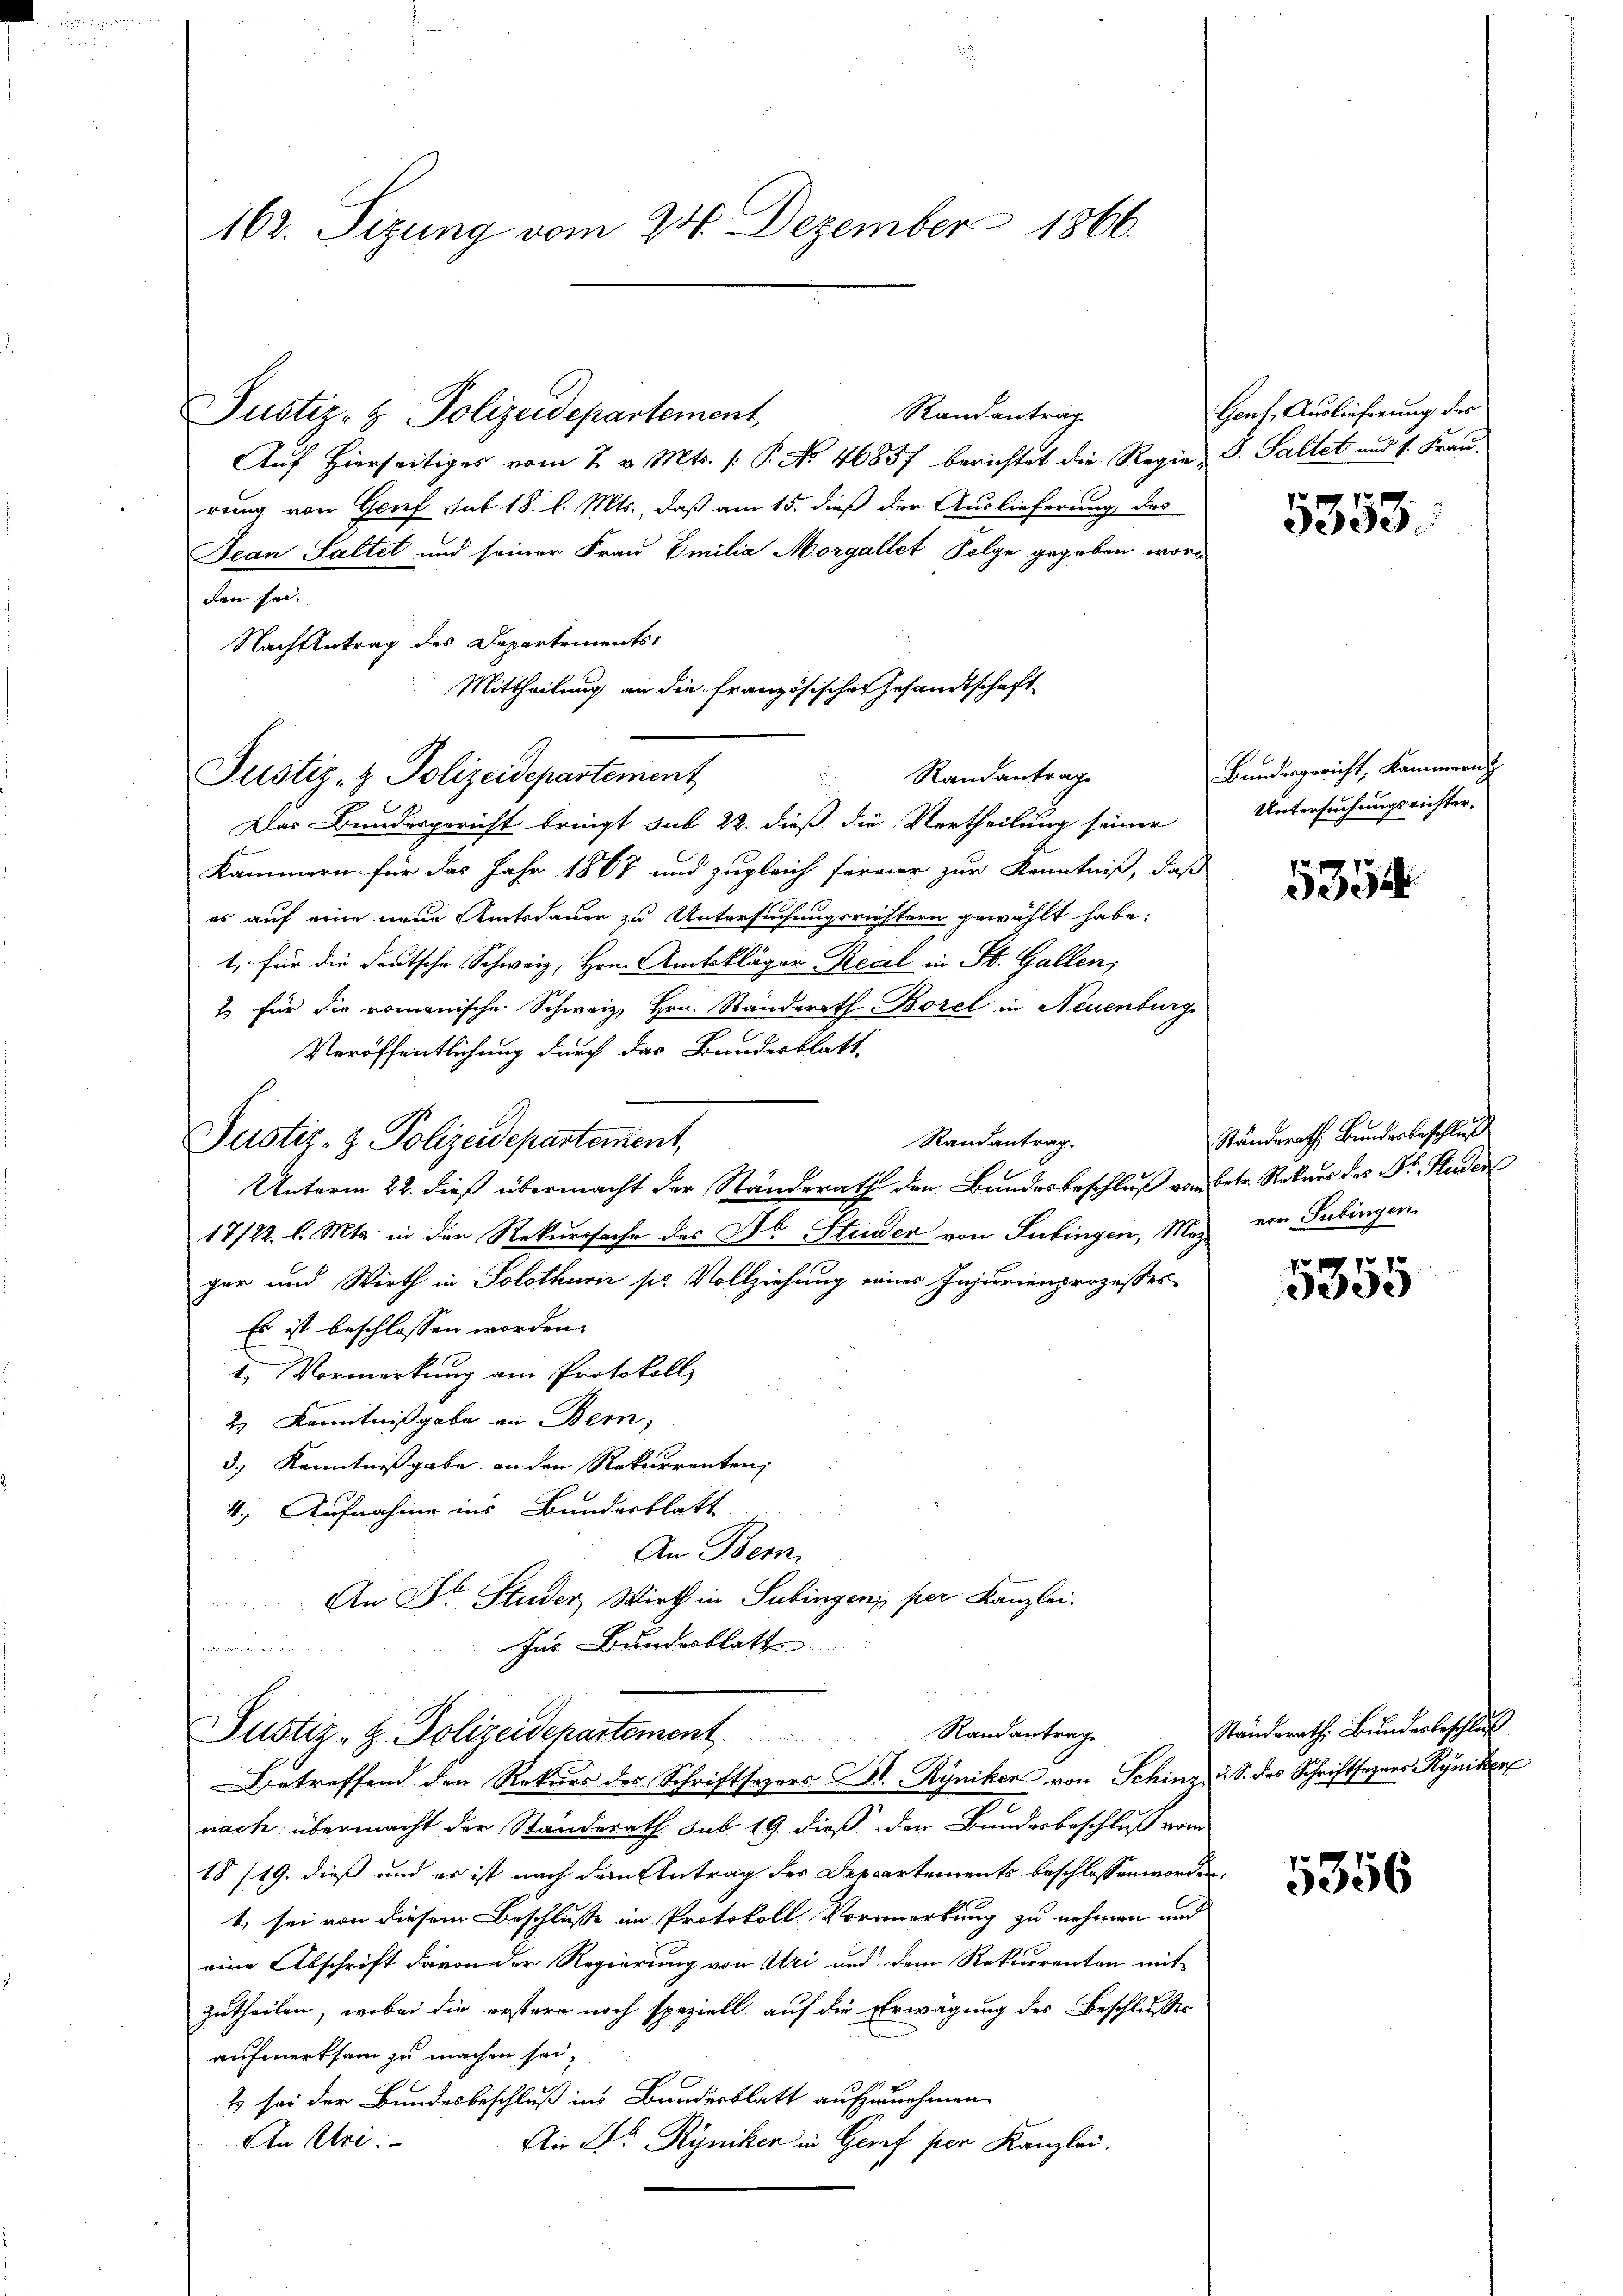
162. Sizung vom 24. Dezember 1866.

Randantrag
Auf Hierseitiges vom 2. v. Mts. 1. P. No. 46857 berichtet die Regi
rung von Genf sub 18. l. Mts., daß am 15. dieß der Auslieferung des
Jean Saltet und seiner Frau Emilia Morgallet Folge gegeben, wo-
den sei.
Nach Antrag des Departements-
Das Bundesgericht bringt sub 22. dieß die Vertheilung seiner
Kammern für das Jahr 1867 und zugleich ferner zur Kenntniß, daß
es auf eine neue Amtsdauer zu Untersuchungsrichtern gewählt habe;
1. für die deutsche Schweiz, Hrn. Amtskläger Regel in St. Gallen,
2 für die romanische Schweiz, Hrn. Ständerath Borel in Neuenburg
Veröffentlichung durch das Bundesblatt
Randantrag.
Justiz- & Polizeidepartement,
Unterm 22. dieß übermacht der Standerath den Bundesbeschluß v
17/22. l. Mts. in der Rekurssache des Dr. Studer von Tübingen, M
ger und Wirth in Solothurn pr. Vollziehung eines Injurienprozesser
Es ist beschlossen worden.
1.) Vormerkung am Protokoll
2.) Kenntnißgabe an Bern;
3.) Kenntnißgabe an den Rekurrenten,
4.) Aufnahme ins Bunderblatt
An Bern.
An Dr. Studer Wirth in Subingen per Kanzlei.
Ins Bundesblatte
 nr

Justiz- & Polizeidepartement

Justiz- & Polizeidepartement

Mittheilung an die Französischer Gesandtschaft
Randantrage

n
Justiz- & Polizeidepartement Randantrage

Betreffend den Rekurs des Schriftsezers Dr. Ryniker von Schinz u. S. des Schriftsagers Ryniker
nach übermacht der Standerath sub 19 dieß der Bundesbeschluß vom
18/19. dieß und es ist nach dem Eintrag der Departements beschlossen worden.
t. sei von diesem Beschlusse im Protokoll Vormerkung zu nehmen und
eine Abschrift davon der Regierung von Uri und dem Rekurrenten mit
zutheilen, wobei die erstere noch speziell auf die Erwägung des Beschlußes
aufmerksam zu machen sei.
2 sei der Bundesbeschluß ins Bundesblatt aufzunehmen.
An Uri.
Ain Dr Ryniker in Genf per Kanzlei.

Genf, Auslieferung der
d. G. Saltet und 1. Frau.

5353.

Bundesgericht, Kammern
Untersuchungsrichter.

5354

Ständerath, Bundesbeschluß
in Betr. Rekurs des Dr. Hinder
von Tübingen.

7
ee

Ständerath Bunderbeschlus

5356